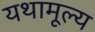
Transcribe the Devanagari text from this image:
यथामूल्य